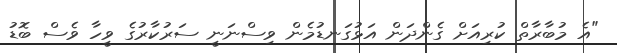
"އެ މުބާރާތް ކުރިއަށް ގެންދަން އަޅުގަނޑުމެން ވިސްނަނީ ސަރުކާރުގެ ވީހާ ވެސް ބޮޑު